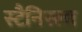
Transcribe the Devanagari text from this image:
स्टैनिस्ला